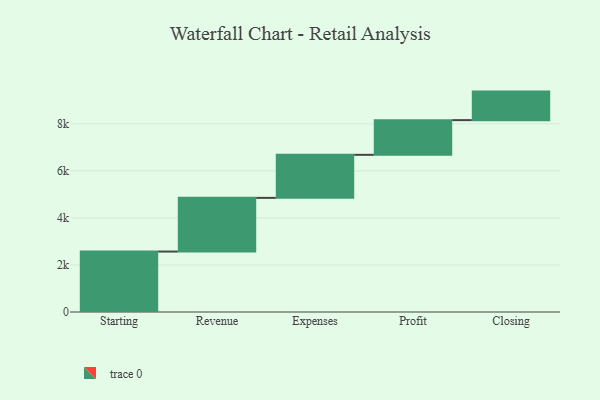
{"axis": {"x": "Step", "y": "Value"}, "legend": [""], "data": [{"x": "Starting", "y": 2570.0, "type": ""}, {"x": "Revenue", "y": 2282.0, "type": ""}, {"x": "Expenses", "y": 1830.0, "type": ""}, {"x": "Profit", "y": 1475.0, "type": ""}, {"x": "Closing", "y": 1213.0, "type": ""}]}